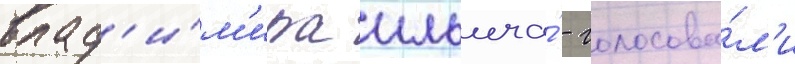
влад'и́м'ира ильича́ - голосова́л'и